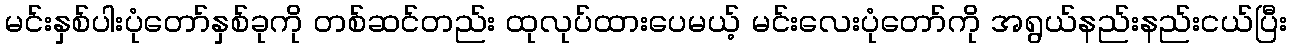
မင်းနှစ်ပါးပုံတော်နှစ်ခုကို တစ်ဆင်တည်း ထုလုပ်ထားပေမယ့် မင်းလေးပုံတော်ကို အရွယ်နည်းနည်းငယ်ပြီး